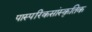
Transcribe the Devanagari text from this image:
पास्परिकसांस्कृतिक